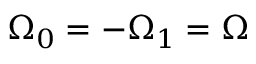
\Omega _ { 0 } = - \Omega _ { 1 } = \Omega